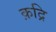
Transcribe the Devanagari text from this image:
क़द्रि